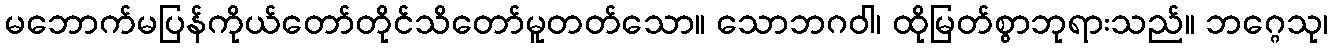
မဘောက်မပြန်ကိုယ်တော်တိုင်သိတော်မူတတ်သော။ သောဘဂဝါ၊ ထိုမြတ်စွာဘုရားသည်။ ဘဂ္ဂေသု၊